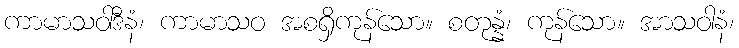
ကာမာသဝါဒီနံ၊ ကာမာသဝ အစရှိကုန်သော။ စတုန္နံ၊ ကုန်သော။ အာသဝါနံ၊